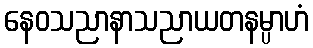
နေဝသညာနာသညာယတနမ္ပာဟံ